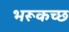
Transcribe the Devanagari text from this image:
भरूकच्छ